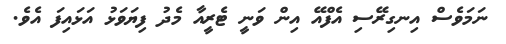
ނަމަވެސް އިނގިރޭސި އެފްއޭ އިން ވަނީ ޓެރީއާ މެދު ފިޔަވަޅު އަޅައިފަ އެވެ.